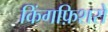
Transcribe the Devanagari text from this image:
किंगफ़िशरों